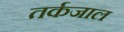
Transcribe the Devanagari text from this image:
तर्कजाल